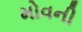
મોવની